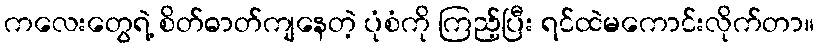
ကလေးတွေရဲ့ စိတ်ဓာတ်ကျနေတဲ့ ပုံစံကို ကြည့်ပြီး ရင်ထဲမကောင်းလိုက်တာ။